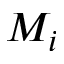
M _ { i }